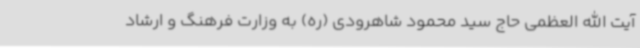
آیت الله العظمی حاج سید محمود شاهرودی (ره) به وزارت فرهنگ و ارشاد